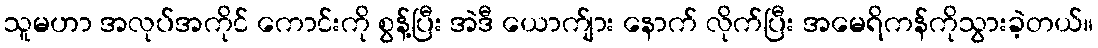
သူမဟာ အလုပ်အကိုင် ကောင်းကို စွန့်ပြီး အဲဒီ ယောက်ျား နောက် လိုက်ပြီး အမေရိကန်ကိုသွားခဲ့တယ်။